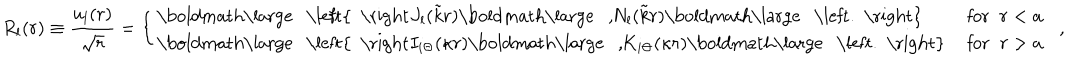
R _ { l } ( r ) \equiv \frac { u _ { l } ( r ) } { \sqrt { r } } = \left\{ \begin{array} { l r } { { \mathrm { \boldmath \large ~ \left\{ ~ \right. ~ } \! \! \! J _ { l } ( \tilde { k } r ) \mathrm { \boldmath \large ~ , ~ } \! \! N _ { l } ( \tilde { k } r ) \mathrm { \boldmath \large ~ \left. ~ \right\} ~ } \! \! \; } } & { { \textrm { f o r } \; \; r < a } } \\ { { \mathrm { \boldmath \large ~ \left\{ ~ \right. ~ } \! \! \! I _ { i \Theta } ( \kappa r ) \mathrm { \boldmath \large ~ , ~ } \! \! K _ { i \Theta } ( \kappa r ) \mathrm { \boldmath \large ~ \left. ~ \right\} ~ } \! \! \; } } & { { \textrm { f o r } \; \; r > a } } \\ \end{array} \right. \; \; ,